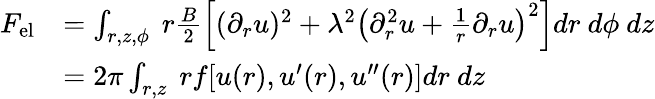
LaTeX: \begin{array}{rl}{{F}_{\mathrm{{el}}}}&{=\int_{r,z,\phi}\ r\frac{B}{2}\left[(\partial_{r}u)^{2}+\lambda^{2}\left(\partial_{r}^{2}u+\frac{1}{r}\partial_{r}u\right)^{2}\right]dr\ d\phi\ dz}\\ &{=2\pi\int_{r,z}\ rf[u(r),u^{\prime}(r),u^{\prime\prime}(r)]dr\ dz}\end{array}